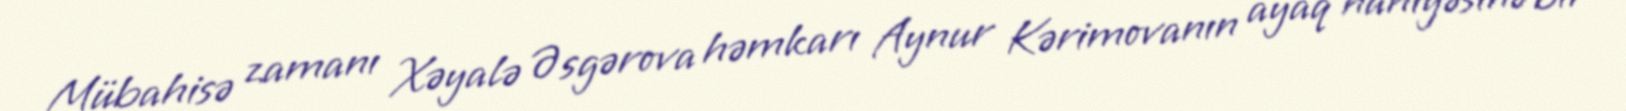
Mübahisə zamanı Xəyalə Əsgərova həmkarı Aynur Kərimovanın ayaq nahiyəsinə bir